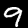
Digit: 9